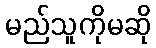
မည်သူကိုမဆို